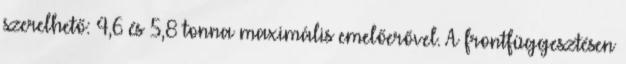
szerelhető: 4,6 és 5,8 tonna maximális emelőerővel. A frontfüggesztésen